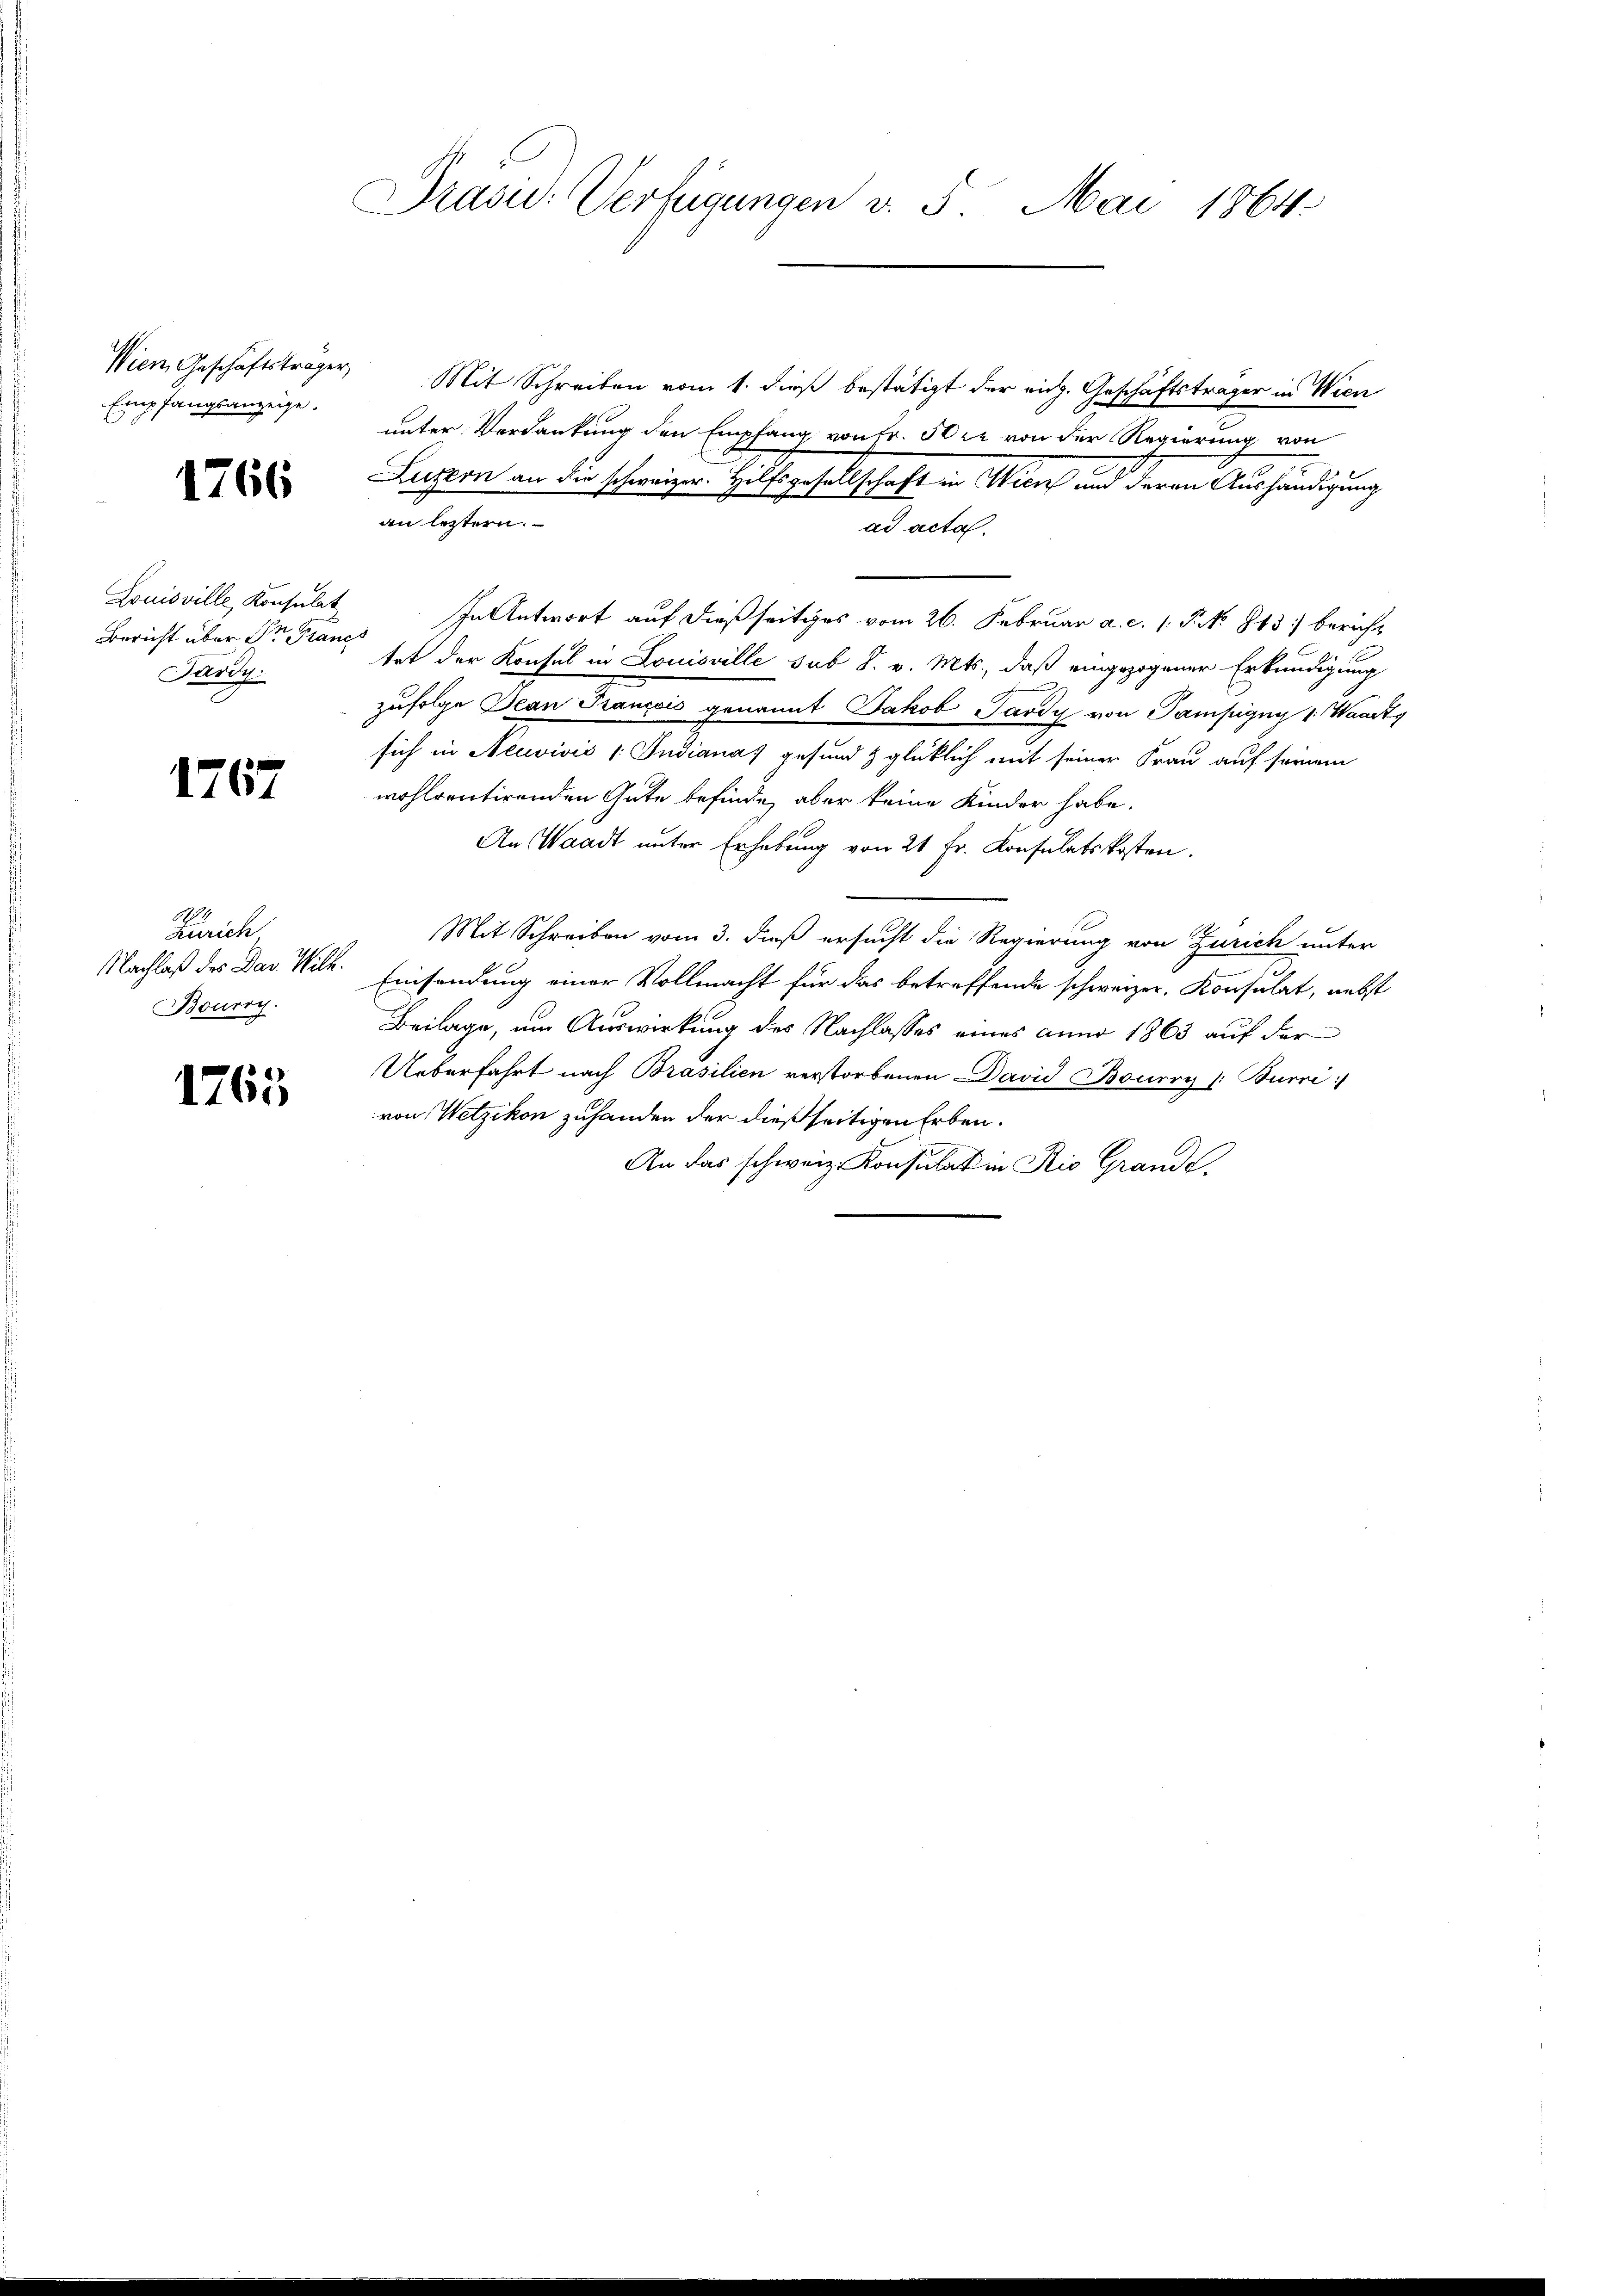
Empfangsanzeige.

1766

Louisville, Konsulat
Bericht über Stern Francs
Järdy.

1767

Zürich
Bouroy.

1765

Präsid.: Verfügungen v. 5. Mai 1864.

Wien, Geschäftsträger Mit Schreiben vom 1. dieß bestätigt der rich. Geschäftsträger in Wien
unter Verdankung den Empfang von Fr. 30 xr von der Regierung von
Luzern an die schweizer. Hilfsgesellschaft in Wien und deren Aushändigung
an letztern.
ad acta.
In Antwort auf dießseitiges vom 26. Februar a. c. s. S. N. 863 bericht
tet der Konsul in Louisville sub 8. v. Mts., daß eingezogener Erkundigung
zufolge Dean François genannt Jakob Sardy von Gampigny v. Waadt
sich in Neuvivis /: Indiana gesund & glücklich mit seiner Frau auf seinem
wohlventirenden Gute befinde, aber keine Kinder habe.
An Waadt unter Erhebung von 21 Fr. Konsulatskosten.
Mit Schreiben vom 3. dieß ersucht die Regierung von Zürich unter
Nachlaß des Dar. Wilk. Einsendung einer Vollmacht für das betreffende schweizer. Konsulat, nebst
Beilage, um Auswirkung des Nachlasses eines anno 1863 auf der
Ueberfahrt nach Brasilien verstorbenen David Bouery /: Burri
von Wetzikon zuhanden der dießseitigen Erben.
An das schweiz. Konsulat in Rio Grandt.